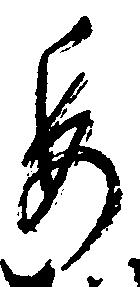
委